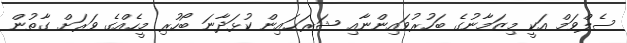
ސެލްވަމް އަކީ މިޒަމާނުގެ ބަހުރުވައިންނާއި ޝަރަޙައިން ކުޅަދާނަ ބޯހުރި މީހެއްގެ ވަރަށް ގާތުން